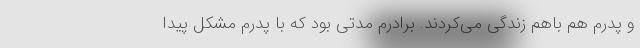
و پدرم هم باهم زندگی می‌کردند. برادرم مدتی بود که با پدرم مشکل پیدا